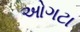
ઓગટા